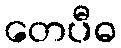
တေပီဓ